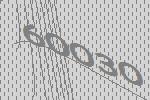
60030